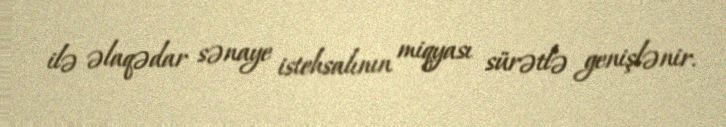
ilə əlaqədar sənaye istehsalının miqyası sürətlə genişlənir.